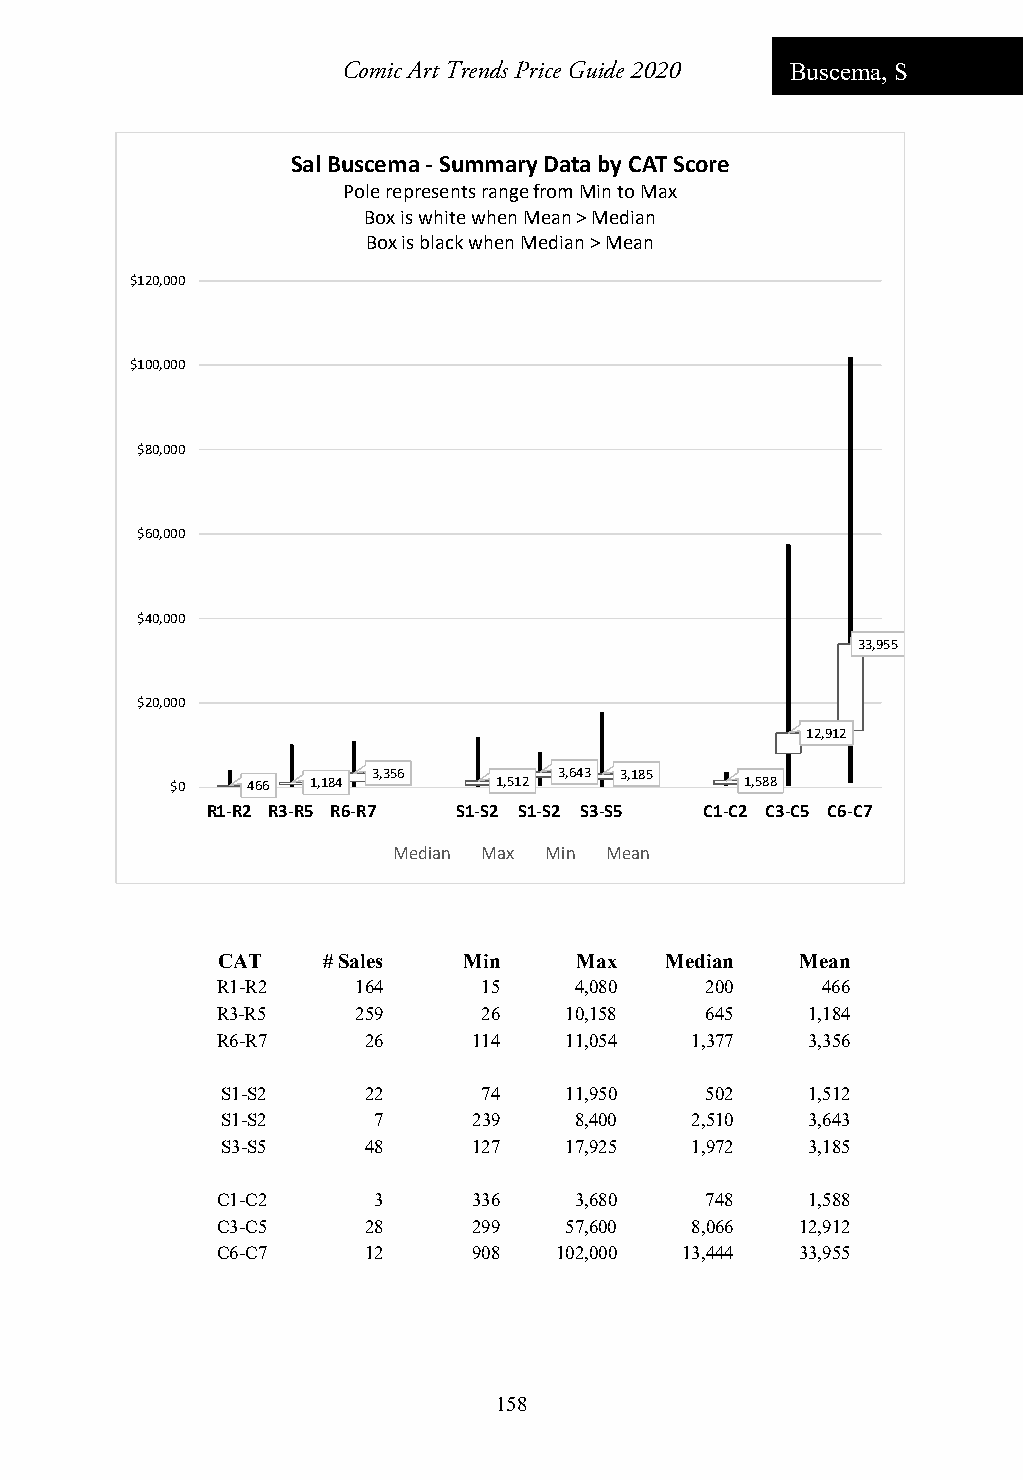
Comic Art Trends Price Guide 2020 Buscema, S
 Sal Buscema ‐Summary Data by CAT Score
 Pole represents range from Min to Max
 Box is white when Mean > Median
 Box is black when Median > Mean
 $120,000
 $100,000
 $80,000
 $60,000
 $40,000
 33,955
 $20,000
 12,912
 3,356       3,643 3,185
 $0   466 1,184        1,512           1,588
 R1‐R2 R3‐R5 R6‐R7 S1‐S2 S1‐S2 S3‐S5 C1‐C2 C3‐C5 C6‐C7
 Median Max Min Mean
 CAT    # Sales   Min    Max   Median   Mean
 R1-R2     164     15    4,080    200    466
 R3-R5     259     26   10,158    645   1,184
 R6-R7     26     114   11,054   1,377  3,356
 S1-S2    22      74   11,950    502   1,512
 S1-S2     7     239    8,400   2,510  3,643
 S3-S5    48     127   17,925   1,972  3,185
 C1-C2      3     336    3,680    748   1,588
 C3-C5     28     299   57,600   8,066  12,912
 C6-C7     12     908   102,000 13,444  33,955
 158